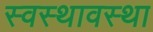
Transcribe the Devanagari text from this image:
स्वस्थावस्था